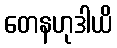
တေနဟုဒါယိ